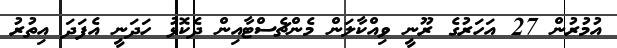
އުމުރުން 27 އަހަރުގެ ރޫނީ ވިއްކާލަން މެންޗެސްޓާއިން ދެކޮޅު ހަދަނީ އެފަދަ އިތުރު